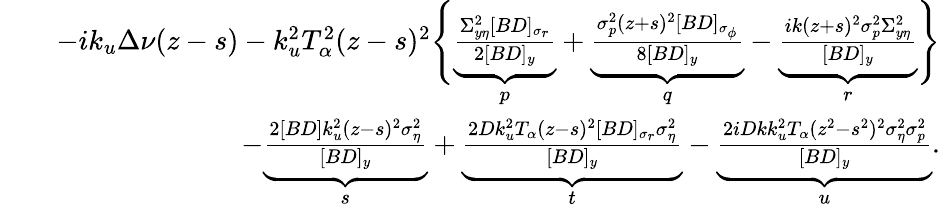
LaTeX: \begin{array}{rlr}&{}&{-ik_{u}\Delta\nu(z-s)-k_{u}^{2}T_{\alpha}^{2}(z-s)^{2}\Bigg\{ \underbrace{\frac{\Sigma_{y\eta}^{2}[BD]_{\sigma_{r}}}{2[BD]_{y}}}_{p}+\underbrace{\frac{\sigma_{p}^{2}(z+s)^{2}[BD]_{\sigma_{\phi}}}{8[BD]_{y}}}_{q}-\underbrace{\frac{ik(z+s)^{2}\sigma_{p}^{2}\Sigma_{y\eta}^{2}}{[BD]_{y}}}_{r}\Bigg\} }\\ &{}&{\qquad-\underbrace{\frac{2[BD]k_{u}^{2}(z-s)^{2}\sigma_{\eta}^{2}}{[BD]_{y}}}_{s}+\underbrace{\frac{2Dk_{u}^{2}T_{\alpha}(z-s)^{2}[BD]_{\sigma_{r}}\sigma_{\eta}^{2}}{[BD]_{y}}}_{t}-\underbrace{\frac{2iDkk_{u}^{2}T_{\alpha}(z^{2}-s^{2})^{2}\sigma_{\eta}^{2}\sigma_{p}^{2}}{[BD]_{y}}}_{u}.}\end{array}